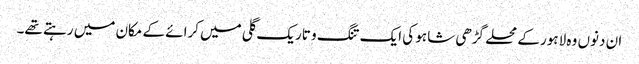
ان دنوں وہ لاہور کے محلے گڑھی شاہو کی ایک تنگ و تاریک گلی میں کرائے کے مکان میں رہتے تھے۔